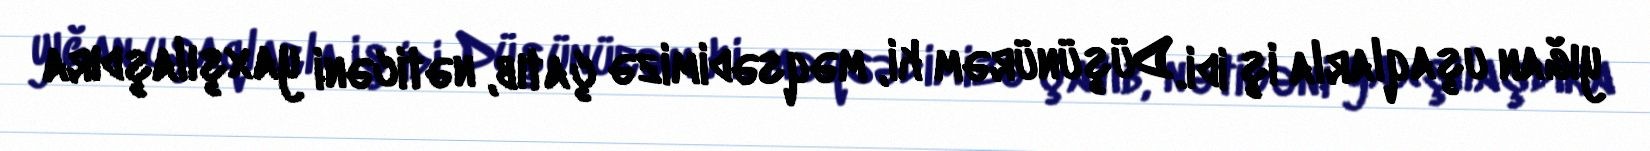
yığan uşaqlarla iş idi. Düşünürəm ki, məqsədimizə çatıb, nəticəni yaxşılaşdıra